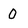
Character: 0